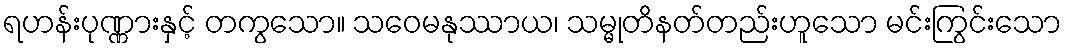
ရဟန်းပုဏ္ဏားနှင့် တကွသော။ သဝေမနုဿာယ၊ သမ္မုတိနတ်တည်းဟူသော မင်းကြွင်းသော